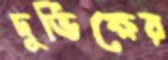
দুর্ভিক্ষের